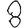
Digit: 8